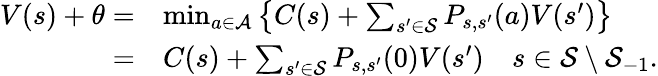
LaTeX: \begin{array}{rl}{V(s)+\theta=}&{\operatorname*{min}_{a\in\mathcal{A}}\left\lbrace C(s)+\sum_{s^{\prime}\in\mathcal{S}}P_{s,s^{\prime}}(a)V(s^{\prime})\right\rbrace}\\ {=}&{C(s)+\sum_{s^{\prime}\in\mathcal{S}}P_{s,s^{\prime}}(0)V(s^{\prime})\quad s\in\mathcal{S}\setminus\mathcal{S}_{-1}.}\end{array}